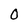
Character: 0